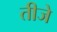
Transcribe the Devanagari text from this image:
तीजे